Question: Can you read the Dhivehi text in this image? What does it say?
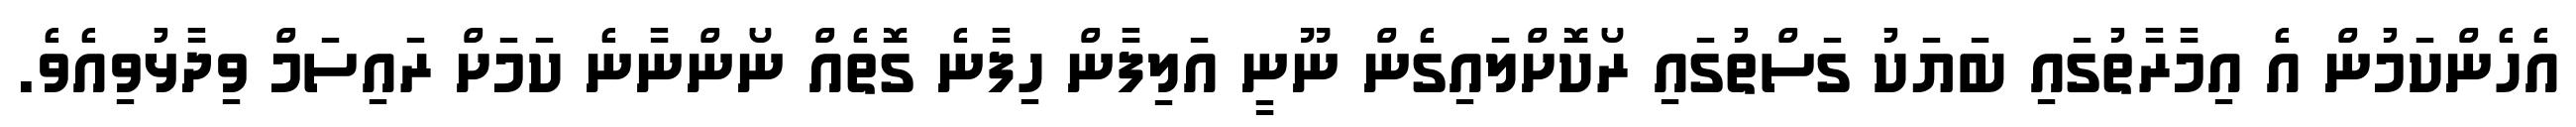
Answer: އެހެންކަމުން އެ އިމާރާތުގައި ބަޔަކު ގަސްތުގައި ރޯކޮށްލައިގެން ނޫނީ އަލިފާން ހިފާނެ ގޮތެއް ނޯންނާނެ ކަމަށް ރައިސަމް ވިދާޅުވިއެވެ.